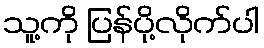
သူ့ကို ပြန်ပို့လိုက်ပါ